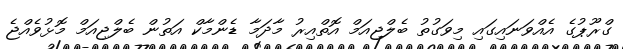
ގްރޫޕުގެ އެއްވަނައިގައި މިވަގުތުު ބެލްޖިއަމް އޮތްއިރު މާދަމާ ޑެންމާކް އަތުން ބެލްޖިއަމް މޮޅުވެއްޖެ